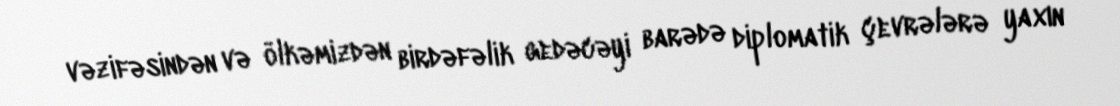
vəzifəsindən və ölkəmizdən birdəfəlik gedəcəyi barədə diplomatik çevrələrə yaxın